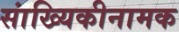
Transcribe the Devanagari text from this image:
सांख्यिकीनामक